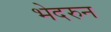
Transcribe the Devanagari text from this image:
भेदरुन